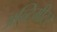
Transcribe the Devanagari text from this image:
अल्टिमीटर